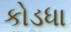
કોડધા